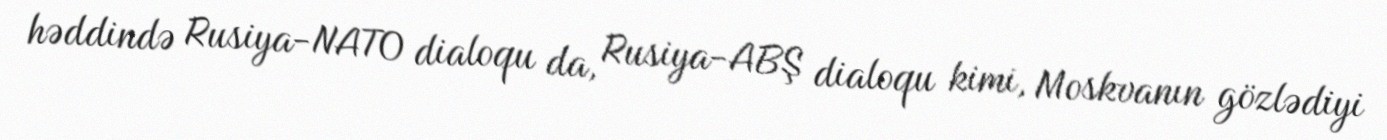
həddində Rusiya-NATO dialoqu da, Rusiya-ABŞ dialoqu kimi, Moskvanın gözlədiyi